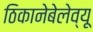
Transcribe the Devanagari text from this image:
ठिकानेबेलेव्यू